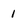
Character: 1